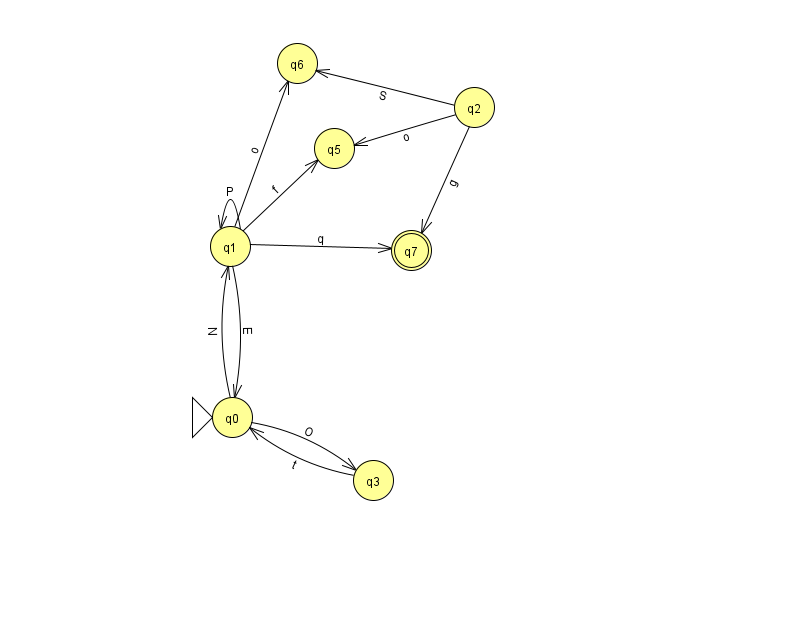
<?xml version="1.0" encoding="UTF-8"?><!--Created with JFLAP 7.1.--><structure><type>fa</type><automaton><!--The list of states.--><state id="0" name="q0"><x>232.0</x><y>404.0</y><initial/></state><state id="1" name="q1"><x>230.0</x><y>233.0</y></state><state id="2" name="q2"><x>474.0</x><y>94.0</y></state><state id="3" name="q3"><x>373.0</x><y>467.0</y></state><state id="5" name="q5"><x>334.0</x><y>135.0</y></state><state id="6" name="q6"><x>297.0</x><y>50.0</y></state><state id="7" name="q7"><x>411.0</x><y>237.0</y><final/></state><!--The list of transitions.--><transition><from>1</from><to>1</to><read>P</read></transition><transition><from>1</from><to>7</to><read>q</read></transition><transition><from>2</from><to>6</to><read>S</read></transition><transition><from>3</from><to>0</to><read>t</read></transition><transition><from>1</from><to>0</to><read>E</read></transition><transition><from>2</from><to>7</to><read>g</read></transition><transition><from>1</from><to>5</to><read>f</read></transition><transition><from>0</from><to>3</to><read>O</read></transition><transition><from>0</from><to>1</to><read>N</read></transition><transition><from>1</from><to>6</to><read>o</read></transition><transition><from>2</from><to>5</to><read>o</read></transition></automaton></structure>